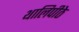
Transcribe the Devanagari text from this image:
थालिपीठे